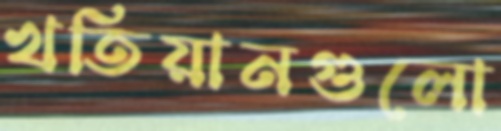
খতিয়ানগুলো